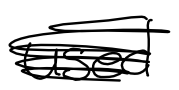
Text: used
Cross-out: scratch
Writing tool: digital_black